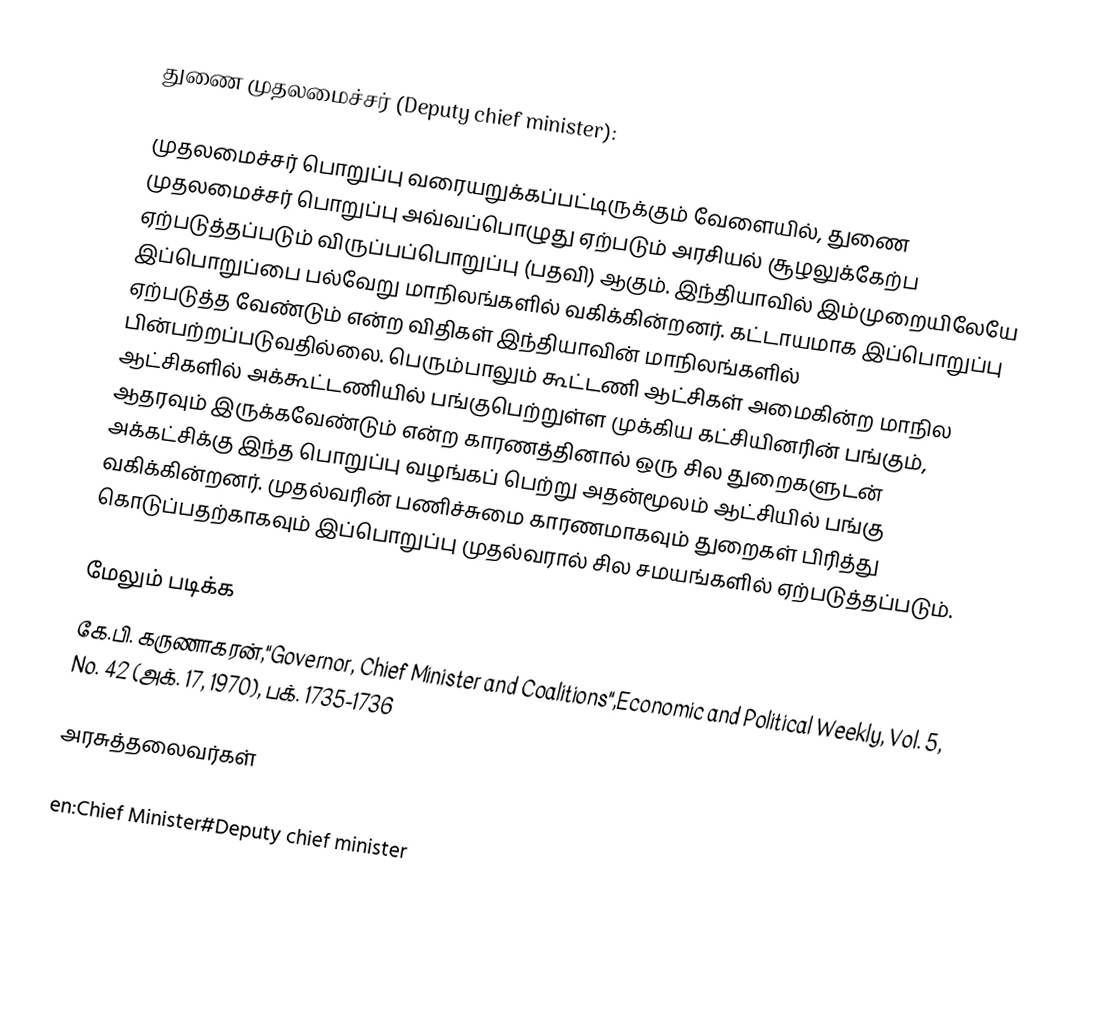
துணை முதலமைச்சர் (Deputy chief minister):

முதலமைச்சர் பொறுப்பு வரையறுக்கப்பட்டிருக்கும் வேளையில், துணை முதலமைச்சர் பொறுப்பு அவ்வப்பொழுது ஏற்படும் அரசியல் சூழலுக்கேற்ப ஏற்படுத்தப்படும் விருப்பப்பொறுப்பு (பதவி) ஆகும். இந்தியாவில் இம்முறையிலேயே இப்பொறுப்பை பல்வேறு மாநிலங்களில் வகிக்கின்றனர். கட்டாயமாக இப்பொறுப்பு ஏற்படுத்த வேண்டும் என்ற விதிகள் இந்தியாவின் மாநிலங்களில் பின்பற்றப்படுவதில்லை. பெரும்பாலும் கூட்டணி ஆட்சிகள் அமைகின்ற மாநில ஆட்சிகளில் அக்கூட்டணியில் பங்குபெற்றுள்ள முக்கிய கட்சியினரின் பங்கும், ஆதரவும் இருக்கவேண்டும் என்ற காரணத்தினால் ஒரு சில துறைகளுடன் அக்கட்சிக்கு இந்த பொறுப்பு வழங்கப் பெற்று அதன்மூலம் ஆட்சியில் பங்கு வகிக்கின்றனர். முதல்வரின் பணிச்சுமை காரணமாகவும் துறைகள் பிரித்து கொடுப்பதற்காகவும் இப்பொறுப்பு முதல்வரால் சில சமயங்களில் ஏற்படுத்தப்படும்.

மேலும் படிக்க
 கே.பி. கருணாகரன்,"Governor, Chief Minister and Coalitions",Economic and Political Weekly, Vol. 5, No. 42 (அக். 17, 1970), பக். 1735-1736

அரசுத்தலைவர்கள்

en:Chief Minister#Deputy chief minister